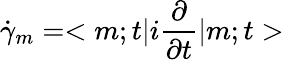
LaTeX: \dot{\gamma}_{m}=<m;t|i\frac{\partial}{\partial t}|m;t>